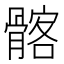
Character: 髂